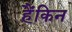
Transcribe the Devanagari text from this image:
हैंकिन